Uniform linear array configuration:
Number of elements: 16
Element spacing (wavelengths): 0.5
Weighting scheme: cosine
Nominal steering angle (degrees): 0
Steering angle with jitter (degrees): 1.857
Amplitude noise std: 0.05
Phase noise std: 0.05

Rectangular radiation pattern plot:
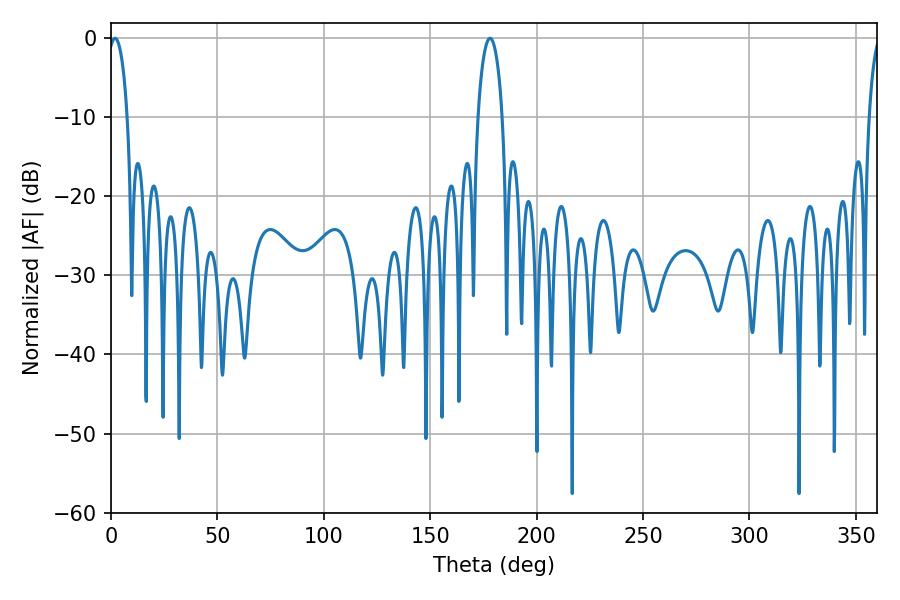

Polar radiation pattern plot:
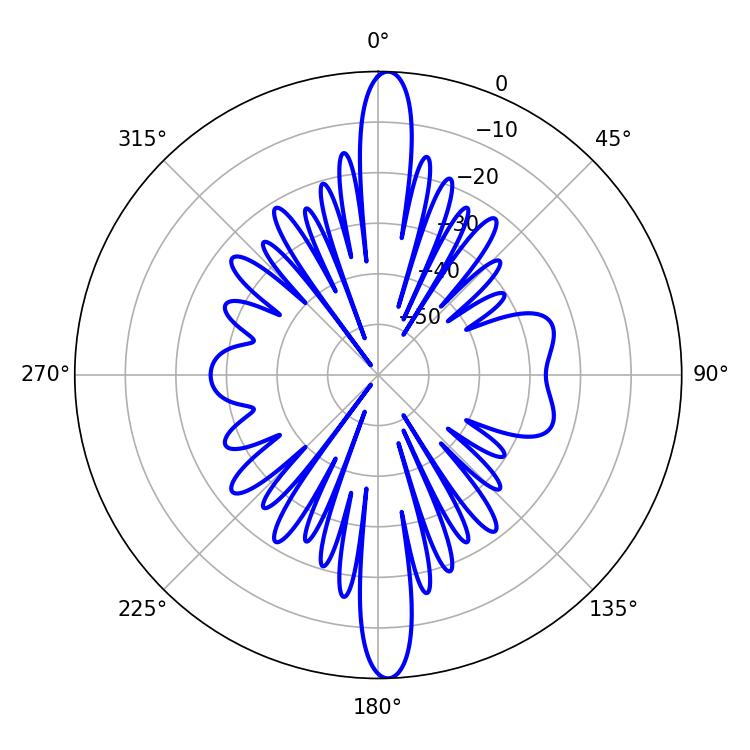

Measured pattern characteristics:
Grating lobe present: FALSE
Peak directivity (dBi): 23.501
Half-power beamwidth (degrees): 6.66
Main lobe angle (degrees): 178.02